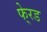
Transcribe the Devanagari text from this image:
फे्रड